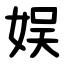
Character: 娱